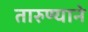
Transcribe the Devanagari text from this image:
तारुण्याने